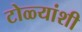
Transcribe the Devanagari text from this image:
टोळ्यांशी